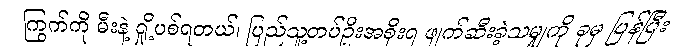
ကြွက်ကို မီးနဲ့ ရှို့ပစ်ရတယ်၊ ပြည်သူ့တပ်ဦးအစိုးရ ဖျက်ဆီးခဲ့သမျှကို ခုမှ ပြန်ပြီး